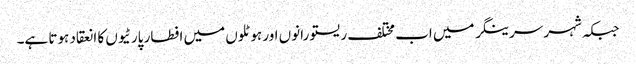
جبکہ شہر سرینگر میں اب مختلف ریستو رانوں اور ہوٹلوں میں افطار پارٹیوں کا انعقاد ہوتا ہے۔